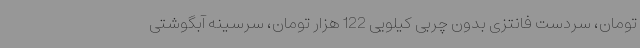
تومان، سردست فانتزی بدون چربی کیلویی 122 هزار تومان، سرسینه آبگوشتی